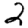
Digit: 2